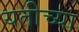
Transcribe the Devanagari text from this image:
यतीच्या